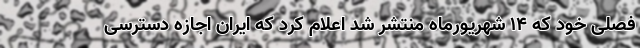
فصلی خود که ۱۴ شهریورماه منتشر شد اعلام کرد که ایران اجازه دسترسی